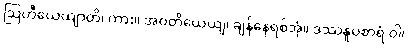
ဩဟီယေယျာတိ၊ ကား။ အဝတိယေယျ၊ ချန်နေရစ်အံ့။ ဒဿနူပစာရံ ဝါ၊